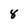
Character: 8